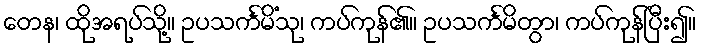
တေန၊ ထိုအရပ်သို့။ ဥပသင်္ကမိံသု၊ ကပ်ကုန်၏။ ဥပသင်္ကမိတွာ၊ ကပ်ကုန်ပြီး၍။